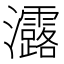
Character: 𤅟